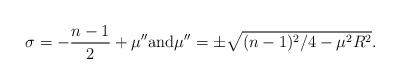
LaTeX: \begin{gather*}\sigma = -\frac{n-1}{2}+\mu'' \textrm{and} \mu'' = \pm\sqrt{(n-1)^ {2}/4-\mu^ {2}R^ {2}} .\end{gather*}